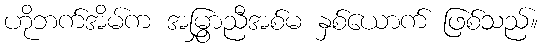
ဟိုဘက်အိမ်က အမြွှာညီအစ်မ နှစ်ယောက် ဖြစ်သည်။